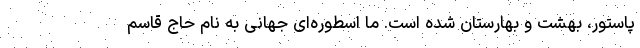
پاستور، بهشت و بهارستان شده است. ما اسطوره‌ای جهانی به نام حاج قاسم